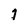
Character: 1